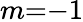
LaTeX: m{=}{-}1